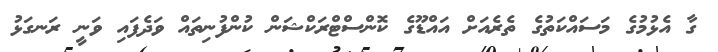
ގާ އެޅުމުގެ މަސައްކަތުގެ ތެރެއަށް އައްޑޫގެ ކޮންސްޓްރަކްޝަން ކުންފުނިތައް ވަދެފައި ވަނީ ރަނގަޅު